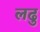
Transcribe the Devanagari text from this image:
लढु